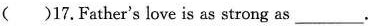
( )17.Father's love is as strong as___.